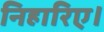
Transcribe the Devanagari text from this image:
निहारिए।